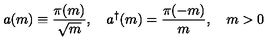
a ( m ) \equiv \frac { \pi ( m ) } { \sqrt { m } } , \quad a ^ { \dag } ( m ) = \frac { \pi ( - m ) } { m } , \quad m > 0